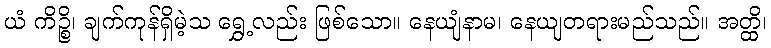
ယံ ကိဉ္စိ၊ ချက်ကုန်ရှိမဲ့သ ရွှေ့လည်း ဖြစ်သော။ နေယျံနာမ၊ နေယျတရားမည်သည်။ အတ္ထိ၊